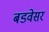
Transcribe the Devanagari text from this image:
बडवेसर